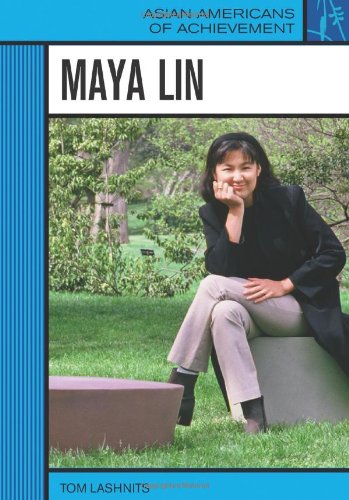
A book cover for Maya Lin (Asian Americans of Achievement); Tom Lashnits; Teen & Young Adult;